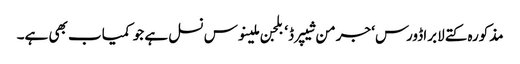
مذکورہ کتے لابراڈورس‘ جرمن شیپرڈ‘ بلجن ملینوس نسل ہے جو کمیاب بھی ہے۔